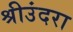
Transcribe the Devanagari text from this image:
श्रीउंदरा